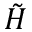
\tilde { H }